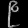
Digit: ၉